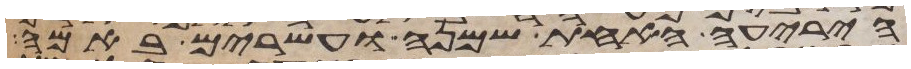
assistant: היריעה האחת שמנה ועשרים באמה